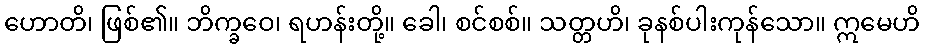
ဟောတိ၊ ဖြစ်၏။ ဘိက္ခဝေ၊ ရဟန်းတို့။ ခေါ၊ စင်စစ်။ သတ္တဟိ၊ ခုနစ်ပါးကုန်သော။ ဣမေဟိ